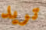
تريد